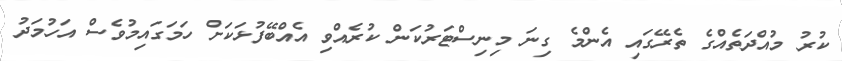
ކުރު މުއްދަތެއްގެ ތެރޭގައި އެންމެ ގިނަ މިނިސްޓަރުކަން ކުރެއްވި އެއްބޭފުޅަކަށް ހަމަގައިމުވެސް އަހުމަދު